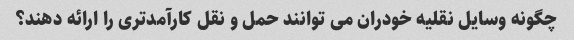
چگونه وسایل نقلیه خودران می توانند حمل و نقل کارآمدتری را ارائه دهند؟